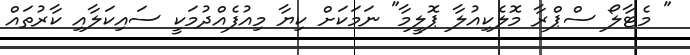
" މެޓާލޯ ސްޕްރާ މޮލެކިއުލާ ޕޮލީމާ" ނަމަކަށް ކިޔާ މިއުފެއްދުމަކީ ސައިކަލާއި ކާރުތައް